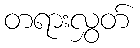
တရားလွှတ်